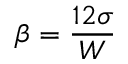
\beta = \frac { 1 2 \sigma } { W }